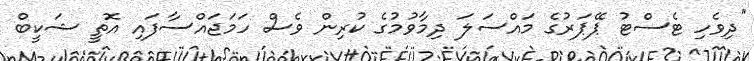
"ދިވެހި ޓެސްޓު ޕޭޕަރުގެ މައްސަލަ ދިމާވުމުގެ ކުރިން ވެސް ހަމަޖައްސާފައި އޮތީ ޝަކީބް